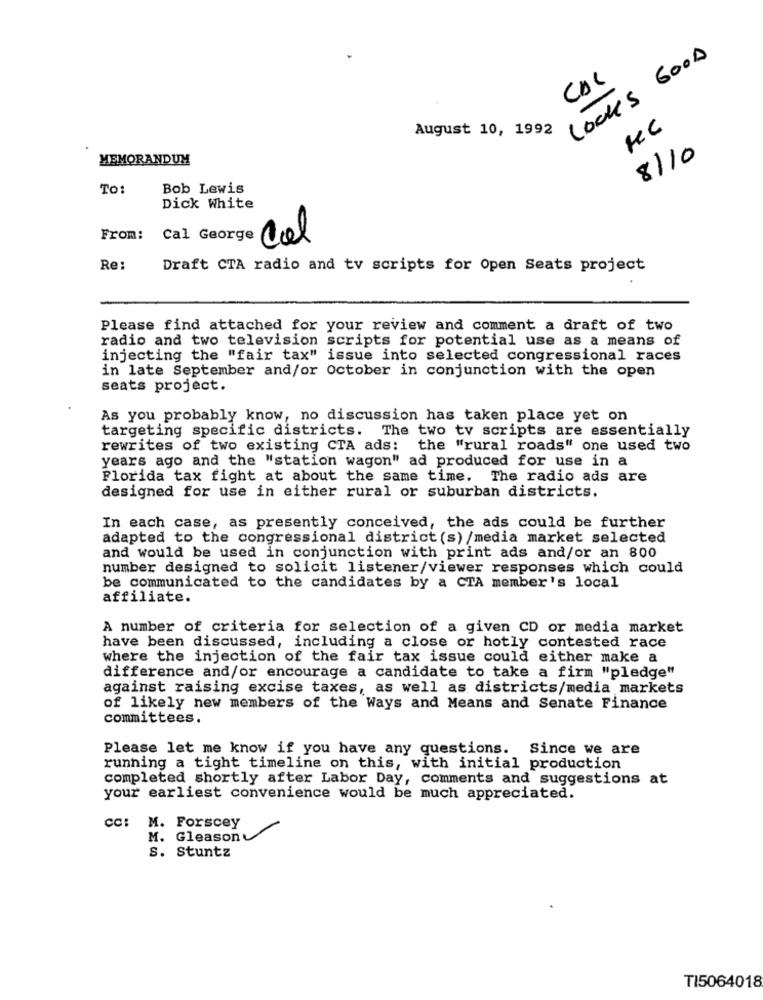
LOOKS GOOD
COL
August 10, 1992
8110
MEMORANDUM
To:
Bob Lewis
Dick White
From:
Cal George Col
Re:
Draft CTA radio and tv scripts for Open Seats project
Please find attached for your review and comment a draft of two
radio and two television scripts for potential use as a means of
injecting the "fair tax" issue into selected congressional races
in late September and/or october in conjunction with the open
seats project.
As you probably know, no discussion has taken place yet on
targeting specific districts. The two tv scripts are essentially
rewrites of two existing CTA ads: the "rural roads" one used two
years ago and the "station wagon" ad produced for use in a
Florida tax fight at about the same time. The radio ads are
designed for use in either rural or suburban districts.
In each case, as presently conceived, the ads could be further
adapted to the congressional district(s) /media market selected
and would be used in conjunction with print ads and/or an 800
number designed to solicit listener/viewer responses which could
be communicated to the candidates by a CTA member's local
affiliate.
A number of criteria for selection of a given CD or media market
have been discussed, including a close or hotly contested race
where the injection of the fair tax issue could either make a
difference and/or encourage a candidate to take a firm "pledge"
against raising excise taxes, as well as districts/media markets
of likely new members of the Ways and Means and Senate Finance
committees.
Please let me know if you have any questions. Since we are
running a tight timeline on this, with initial production
completed shortly after Labor Day, comments and suggestions at
your earliest convenience would be much appreciated.
CC: M. Forscey
M. Gleason
S. Stuntz
TI5064018